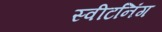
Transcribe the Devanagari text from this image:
स्वीटनिंग